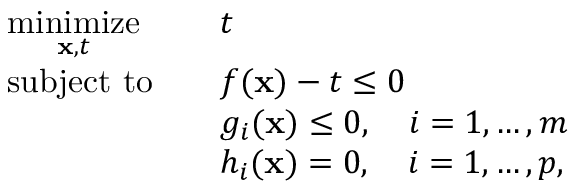
{ \begin{array} { r l r l } & { { \underset { \mathbf { x } , t } { \operatorname { m i n i m i z e } } } } & & { t } \\ & { \operatorname { s u b j e c t \ t o } } & & { f ( \mathbf { x } ) - t \leq 0 } \\ & { } & & { g _ { i } ( \mathbf { x } ) \leq 0 , \quad i = 1 , \dots , m } \\ & { } & & { h _ { i } ( \mathbf { x } ) = 0 , \quad i = 1 , \dots , p , } \end{array} }